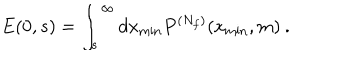
LaTeX: E ( 0 , s ) = \int _ { s } ^ { \infty } d x _ { \mathrm { m i n } } P ^ { ( N _ { f } ) } ( x _ { \mathrm { m i n } } , m ) \: .